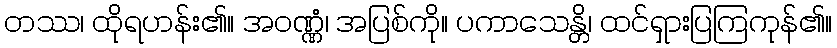
တဿ၊ ထိုရဟန်း၏။ အဝဏ္ဏံ၊ အပြစ်ကို။ ပကာသေန္တိ၊ ထင်ရှားပြကြကုန်၏။